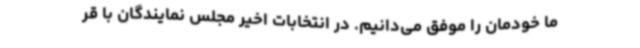
ما خودمان را موفق می‌دانیم. در انتخابات اخیر مجلس نمایندگان با قر